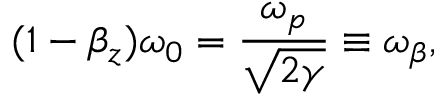
( 1 - \beta _ { z } ) \omega _ { 0 } = \frac { \omega _ { p } } { \sqrt { 2 \gamma } } \equiv \omega _ { \beta } ,